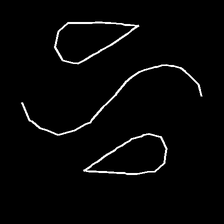
Glyph: water